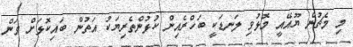
މި މެޗުން ޔޫއޭއީ މޮޅުވި ލަނޑަކީ ބަހްރެއިން ކުޅުންތެރިޔަކު އަތުން ބައިކޮޅަށް ވަން